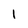
Character: 1